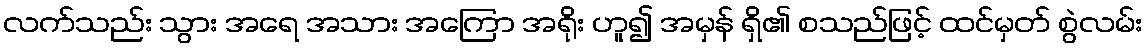
လက်သည်း သွား အရေ အသား အကြော အရိုး ဟူ၍ အမှန် ရှိ၏ စသည်ဖြင့် ထင်မှတ် စွဲလမ်း